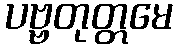
ပဗ္ဗတုတ္တမေ